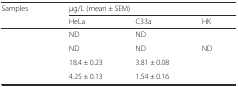
<table><thead><tr><td rowspan="2"><b>Samples</b></td><td colspan="3"><b>μg/L (mean ± SEM)</b></td></tr><tr><td><b>HeLa</b></td><td><b>C33a</b></td><td><b>HK</b></td></tr></thead><tbody><tr><td>[EMPTY_CELL]</td><td>ND</td><td>ND</td><td>[EMPTY_CELL]</td></tr><tr><td>[EMPTY_CELL]</td><td>ND</td><td>ND</td><td>ND</td></tr><tr><td>[EMPTY_CELL]</td><td>18.4 ± 0.23</td><td>3.81 ± 0.08</td><td>[EMPTY_CELL]</td></tr><tr><td>[EMPTY_CELL]</td><td>4.25 ± 0.13</td><td>1.54 ± 0.16</td><td>[EMPTY_CELL]</td></tr></tbody></table>